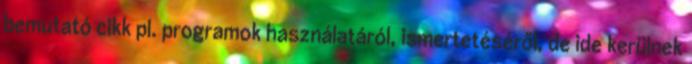
bemutató cikk pl. programok használatáról, ismertetéséről, de ide kerülnek